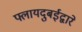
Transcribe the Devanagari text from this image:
फ्लायदुबईद्वारे